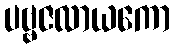
ပဗ္ဗဇလာယကော